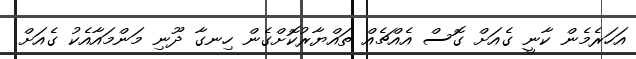
އަހަރެމެން ކާނީ ގެއަށް ގޮސް އެއްޗެއް ތައްޔާރުކޮށްގެން ހިނގާ ދޫނި މަންމައާއެކު ގެއަށް